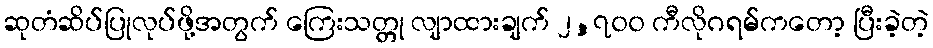
ဆုတံဆိပ်ပြုလုပ်ဖို့အတွက် ကြေးသတ္တု လျာထားချက် ၂,၇၀၀ ကီလိုဂရမ်ကတော့ ပြီးခဲ့တဲ့